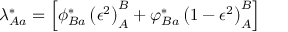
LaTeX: \lambda _ { A a } ^ { * } = \left[ \phi _ { B a } ^ { * } \left( \epsilon ^ { 2 } \right) _ { A } ^ { B } + \varphi _ { B a } ^ { * } \left( 1 - \epsilon ^ { 2 } \right) _ { A } ^ { B } \right]